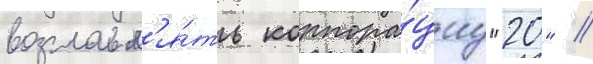
возглавл'я́ть корпора́циу "20" //